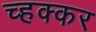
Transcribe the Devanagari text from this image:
च्हक्कर